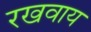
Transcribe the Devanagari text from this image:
रखवाय